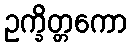
ဥက္ခိတ္တကော